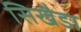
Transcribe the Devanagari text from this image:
सिखैडा